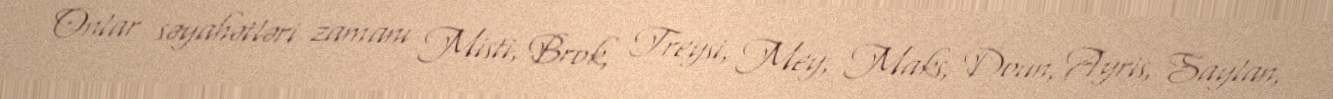
Onlar səyahətləri zamanı Misti, Brok, Treysi, Mey, Maks, Doun, Ayris, Saylan,